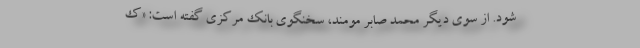
شود. از سوی دیگر محمد صابر مومند، سخنگوی بانک مرکزی گفته‌ است: «ک